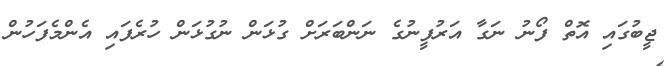
ޖީބުގައި އޮތް ފޯނު ނަގާ އަރުފީނުގެ ނަންބަރަށް ގުޅަން ނުގުޅަން ހުރެފައި އެންމެފަހުން